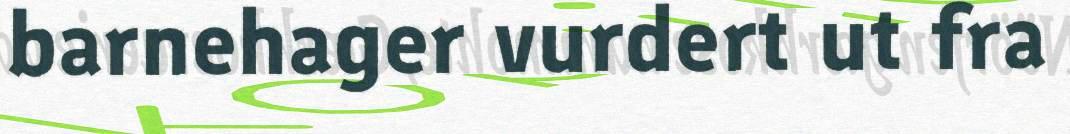
barnehager vurdert ut fra